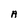
Character: A